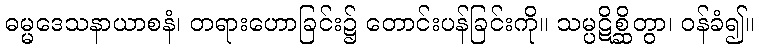
ဓမ္မဒေသနာယာစနံ၊ တရားဟောခြင်း၌ တောင်းပန်ခြင်းကို။ သမ္ပဋိစ္ဆိတွာ၊ ဝန်ခံ၍။